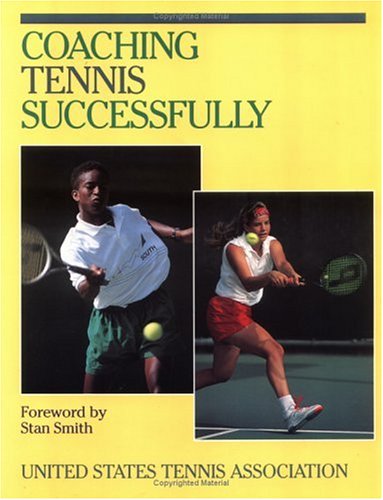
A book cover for Coaching Tennis Successfully; U S Tennis Association; Sports & Outdoors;